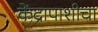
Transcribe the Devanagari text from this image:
केंद्रापाशीचा